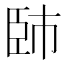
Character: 𦣢